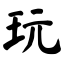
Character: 玩